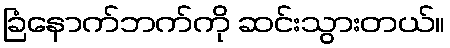
ခြံနောက်ဘက်ကို ဆင်းသွားတယ်။